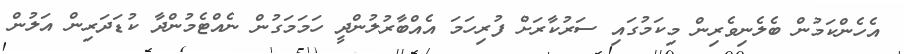
އެހެންކަމުން ބެލެނިވެރިން މިކަމުގައި ސަރުކާރަށް ފުރިހަމަ އެއްބާރުލުންދީ ހަމަމަގުން ނެއްޓެމުންދާ ކުޑަދަރިން އަލުން